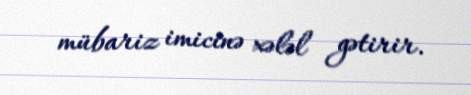
mübariz imicinə xələl gətirir.